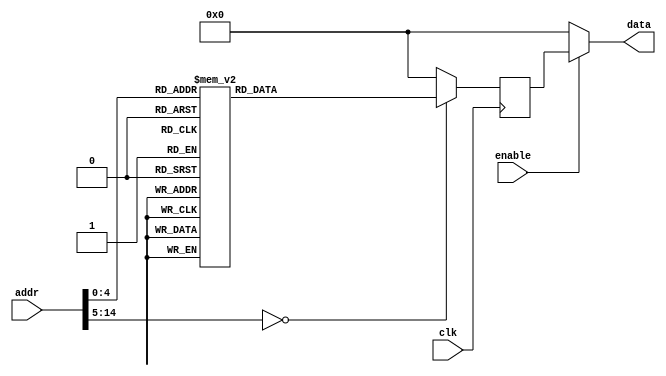
module rom03(input clk, input enable, input [15-1:0] addr, output [16-1:0] data);
    reg [16-1:0] data_reg;
    always @ (posedge clk)
        case(addr)
            15'h0 : data_reg <= 16'h5341;
            15'h1 : data_reg <= 16'h4D52;
            15'h2 : data_reg <= 16'h1C28;
            15'h3 : data_reg <= 16'h8C22;
            15'h4 : data_reg <= 16'h1C1D;
            15'h5 : data_reg <= 16'h1B0D;
            15'h6 : data_reg <= 16'h280C;
            15'h7 : data_reg <= 16'h221C;
            15'h8 : data_reg <= 16'h1D8C;
            15'h9 : data_reg <= 16'h221D;
            15'hA : data_reg <= 16'h001C;
            15'hB : data_reg <= 16'h3C22;
            15'hC : data_reg <= 16'h1E3E;
            15'hD : data_reg <= 16'h002B;
            15'hE : data_reg <= 16'h3C23;
            15'hF : data_reg <= 16'h3EE5;
            15'h10 : data_reg <= 16'h1CD0;
            15'h11 : data_reg <= 16'h1D0B;
            15'h12 : data_reg <= 16'h1E0C;
            15'h13 : data_reg <= 16'h0000;
            15'h14 : data_reg <= 16'hE900;
            15'h15 : data_reg <= 16'hE9E9;
            15'h16 : data_reg <= 16'h00E9;
            15'h17 : data_reg <= 16'h00E8;
            default : data_reg <= 0;
        endcase
    assign data = ( enable ? data_reg : 0 );
endmodule